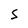
Character: 5